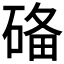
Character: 𥓶